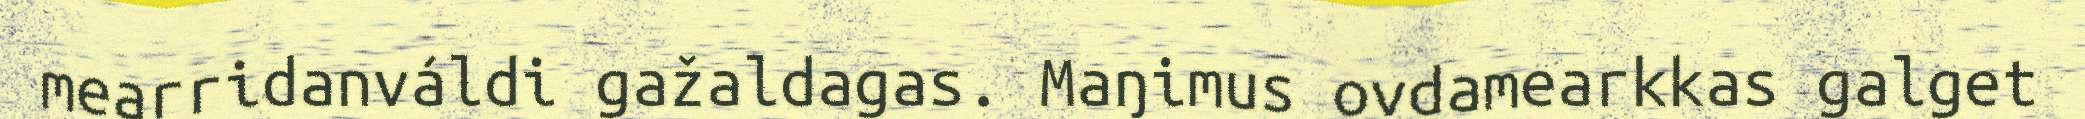
mearridanváldi gažaldagas. Maŋimus ovdamearkkas galget